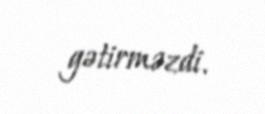
gətirməzdi.